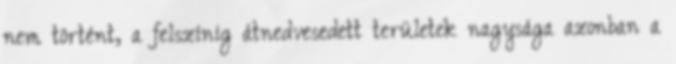
nem történt, a felszínig átnedvesedett területek nagysága azonban a